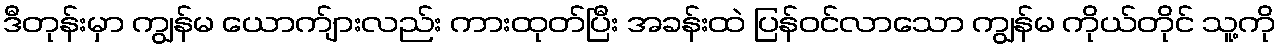
ဒီတုန်းမှာ ကျွန်မ ယောက်ျားလည်း ကားထုတ်ပြီး အခန်းထဲ ပြန်ဝင်လာသော ကျွန်မ ကိုယ်တိုင် သူ့ကို